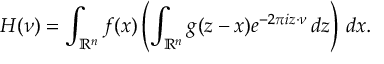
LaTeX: H ( \nu ) = \int _ { \mathbb { R } ^ { n } } f ( x ) \left( \int _ { \mathbb { R } ^ { n } } g ( z - x ) e ^ { - 2 \pi i z \cdot \nu } \, d z \right) \, d x .